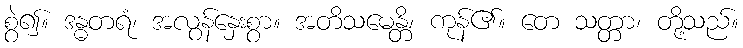
စွဲ၍။ ဒန္ဓတရံ၊ အလွန်နှေးစွာ။ အတိသမေန္တိ၊ ကုန်၏။ တေ သတ္တာ၊ တို့သည်။